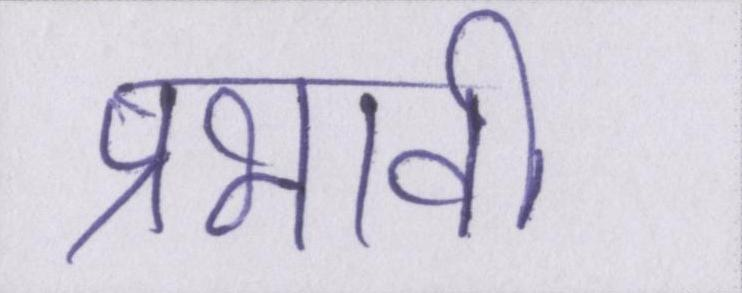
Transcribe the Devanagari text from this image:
प्रभावी